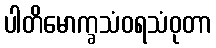
ပါတိမောက္ခသံဝရသံဝုတာ